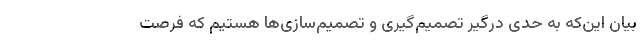
بیان این‌که به حدی درگیر تصمیم‌گیری و تصمیم‌سازی‌ها هستیم که فرصت